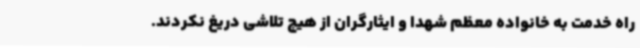
راه خدمت به خانواده معظم شهدا و ایثارگران از هیچ تلاشی دریغ نکردند.